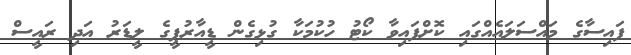
ފައިސާގެ މައްސަލައެއްގައި ކޮށްފައިވާ ކޯޓު ހުކުމަކާ ގުޅިގެން ޑީއާރުޕީގެ ލީޑަރު އަދި ރައީސް